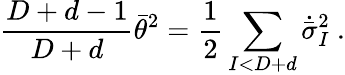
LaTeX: {\frac{D+d-1}{D+d}}\bar{\theta}^{2}={\frac{1}{2}}\sum_{I<D+d}\dot{\bar{\sigma}}_{I}^{2}\ .